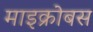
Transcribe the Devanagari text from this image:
माइक्रोबस